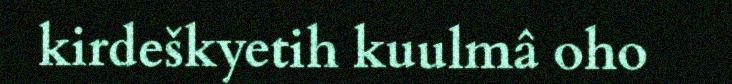
kirdeškyetih kuulmâ oho